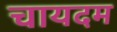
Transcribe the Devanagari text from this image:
चायदम